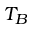
T _ { B }